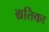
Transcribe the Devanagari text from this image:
म्रतिका